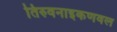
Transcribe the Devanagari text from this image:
तिरुवनाइकणवल